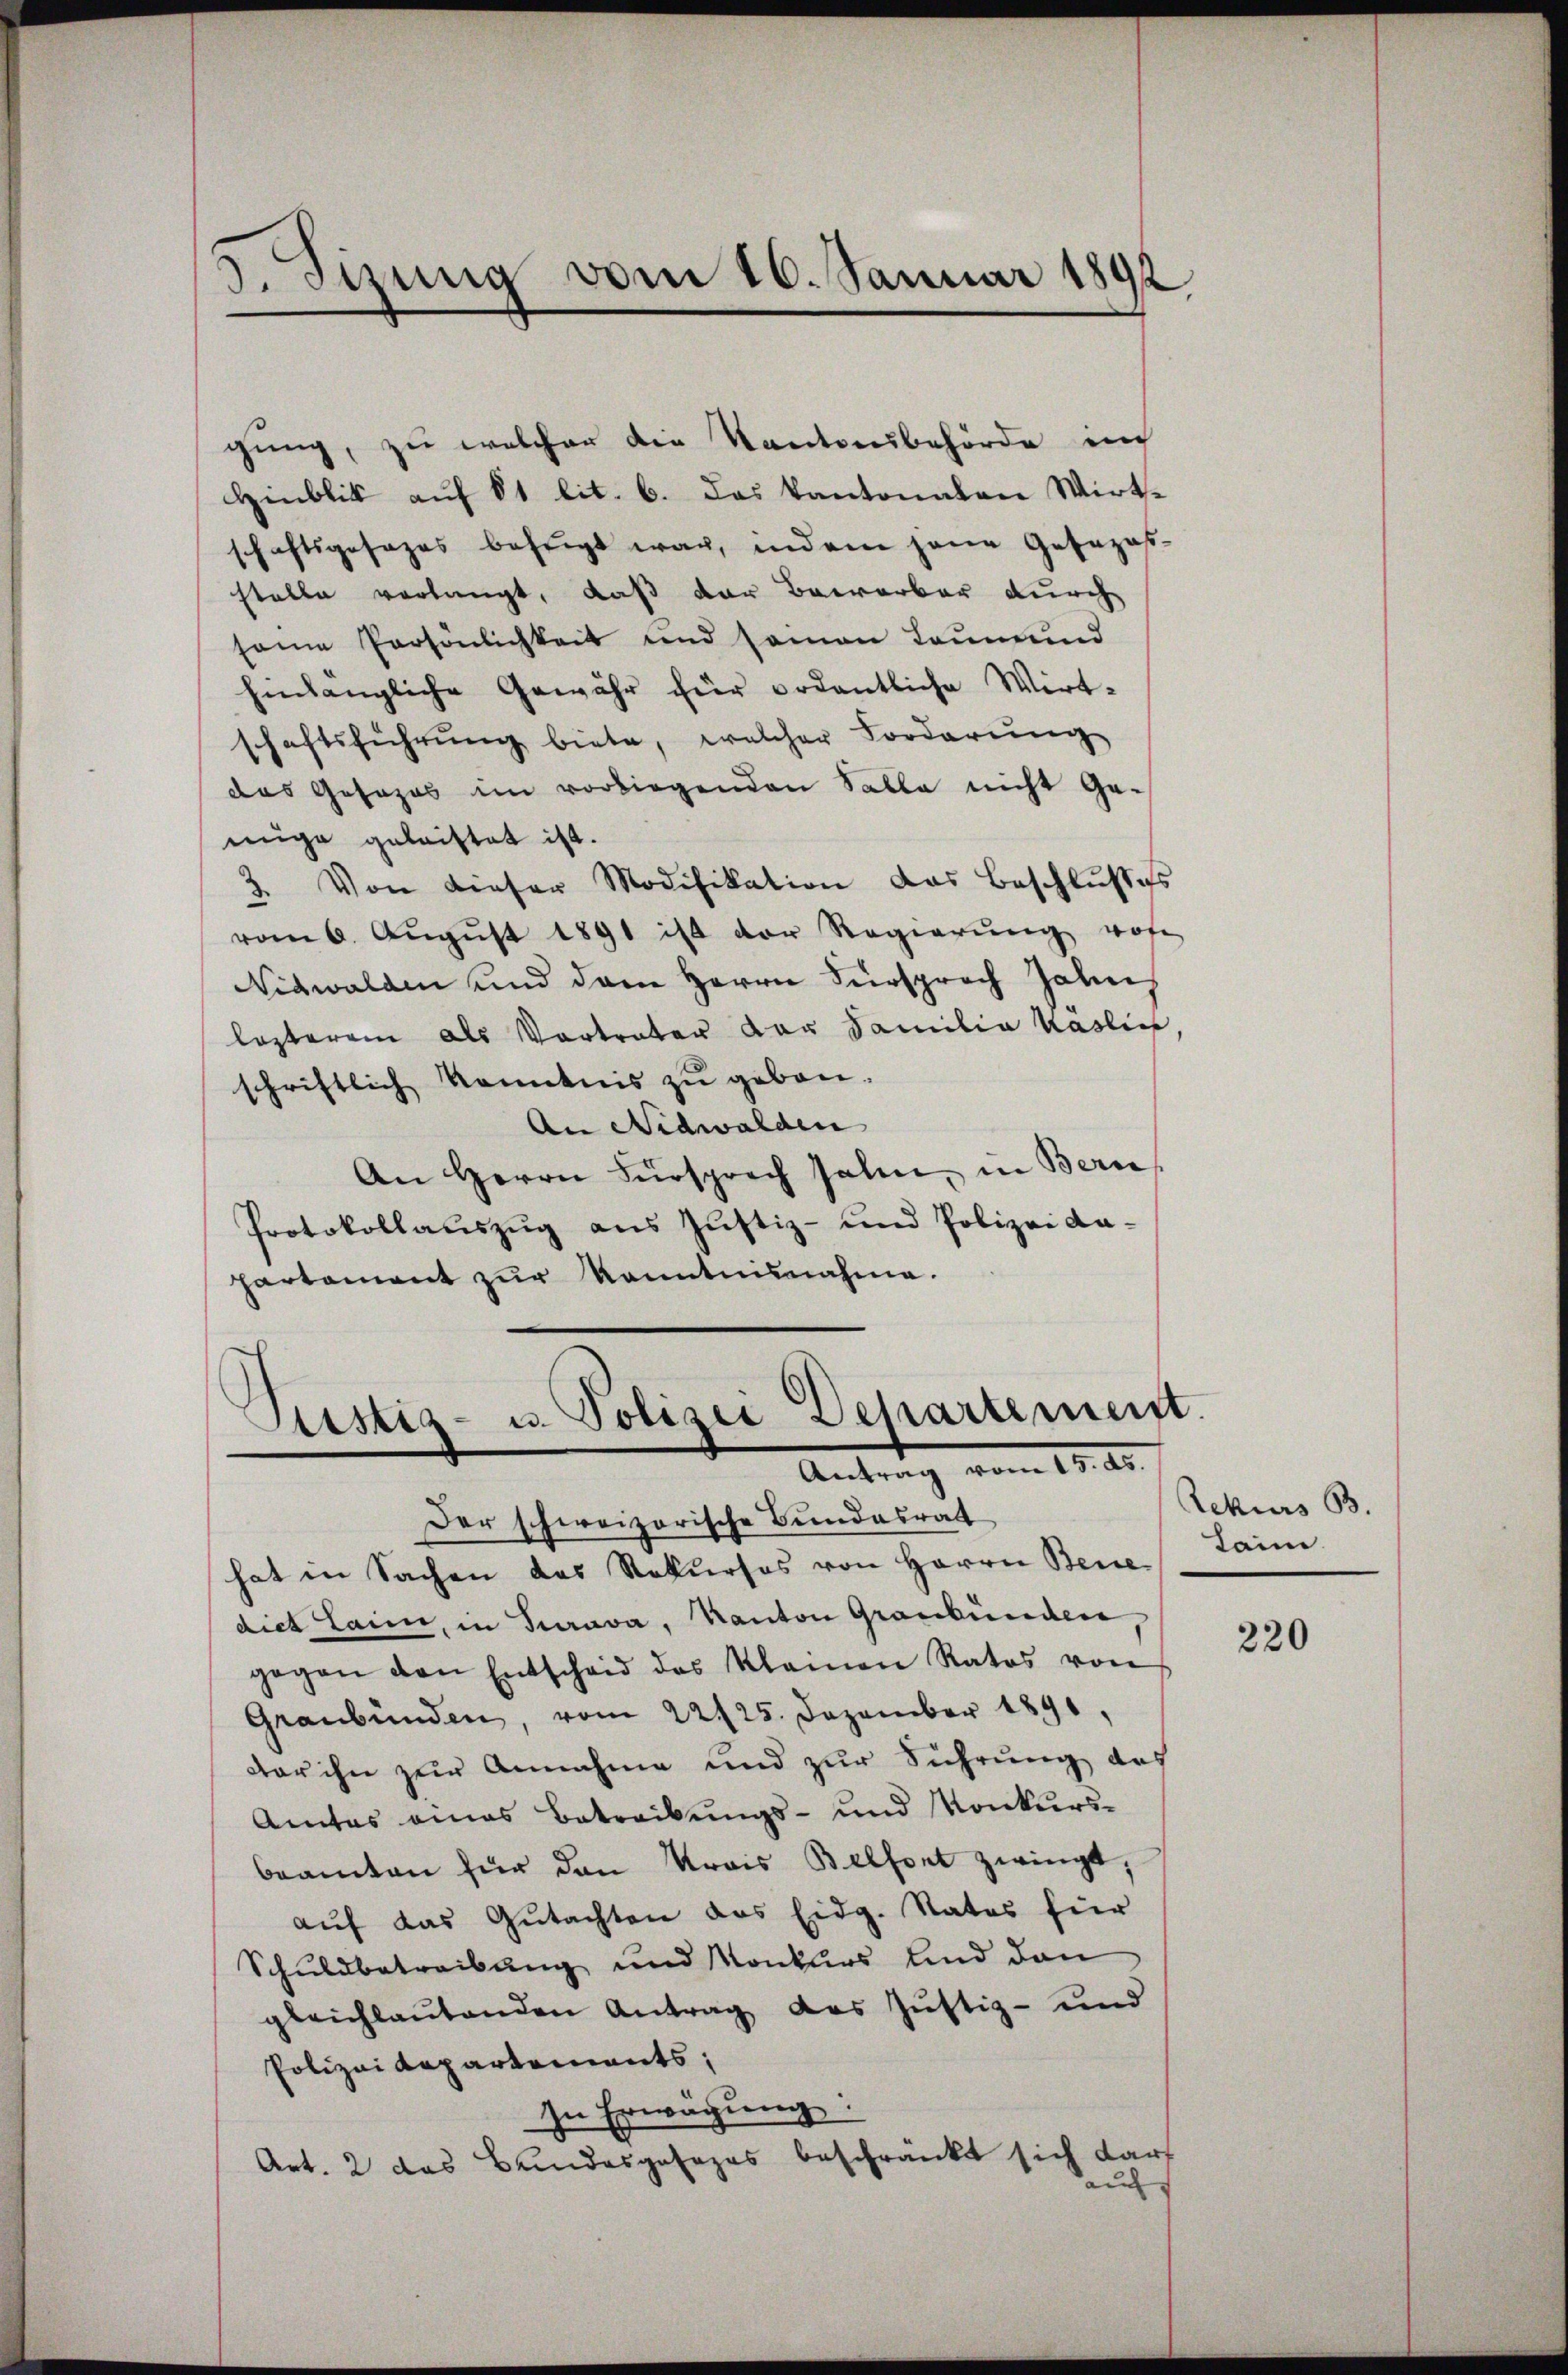
3. Sirung vom 16. Januar 1892

gung, zu welcher die Kantonsbehörde in
Hinblik aŭf 81 lit. 6. Das Kantonalen Wirt-
schaftsgesages befugt war, indem jene Gesezesstelle verlangt, daß der Bewerber durch
seine Persönlichkeit und saman Leumund
hinlängliche Gewähr für ordentliche Wirt-
schaftsführŭng biete, welcher Forderung
das Gesezes im vorliegenden Salle nicht ge-
nüge geleistet ist.
3. Von dieser Modifikation das Beschlŭβes
vom 6. Aŭgŭst 1891 ist der Regierŭng von
Nidwalden und dem Herrn Fürsprach Zahn
lezterem als Vortreter der Familia Kaslin
schriftlich kanntnis zu geben.
An Nidwalden
An Herrn Fürsprech sahen, in Bern
Protokollauszug aus Justiz- und Polizei dapartament zŭr Kenntnisnahme.

Justiz- u. Polizei Departement.
Antrag vom 15. d.

Der schweizerische Bundesrath
hat in Sachen das Rekurses von Herrn Bene Laim
dies Laim, in Turava, Kanton Graubünden
gegen den Entscheid des Kleinen Ratos von
Graubünden, vom 22125. Dezember 1891,
dar ihn zur Annahme und zur Führung des
Amtes eines Betreibungs- und Konkursbeamten für den Krais Belfort zwingt,
auf das Gutachten das Eidg. Rates für
Schuldbetreibung und Konkurs und dan
gleichlaŭtenden Antrag des Jŭstiz- und
Polizei Repartements,
In Erwägung:
Art. 2 das Bundesgesezes beschränkt sich darf
auf

Rekurs B.

220